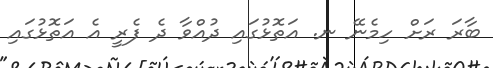
ބާރަ ރަށް ހިމެނޭ ނ. އަތޮޅުގައި ދުއްވާ ދެ ފެރީ އެ އަތޮޅުގައި